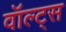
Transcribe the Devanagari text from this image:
वॉल्ट्स